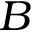
\boldsymbol B